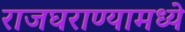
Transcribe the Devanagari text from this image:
राजघराण्यामध्ये